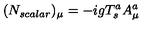
( N _ { s c a l a r } ) _ { \mu } = - i g T _ { s } ^ { a } A _ { \mu } ^ { a }